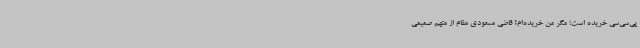
پی‌سی‌سی خریده است؛ مگر من خریده‌ام؟ قاضی مسعودی مقام از متهم صمیمی